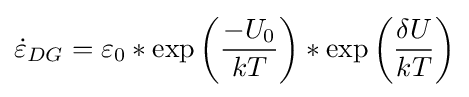
{\dot {\varepsilon }}_{DG}=\varepsilon _{0}*\exp \left({\frac {-U_{0}}{kT}}\right)*\exp \left({\frac {\delta U}{kT}}\right)